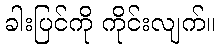
ခါးပြင်ကို ကိုင်းလျက်။